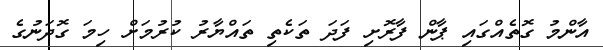
އާންމު ގޮތެއްގައި ޕާން ފާރޮށި ފަދަ ތަކެތި ތައްޔާރު ކުރުމަށް ހިމަ ގޮދަނުގެ